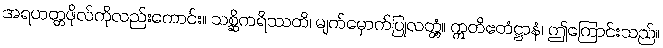
အရဟတ္တဖိုလ်ကိုလည်းကောင်း။ သစ္ဆိကရိဿတိ၊ မျက်မှောက်ပြုလတ္တံ့။ ဣတိဧတံဋ္ဌာနံ၊ ဤကြောင်းသည်။